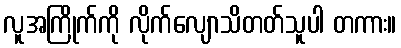
လူအကြိုက်ကို လိုက်လျောသိတတ်သူပါ တကား။